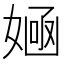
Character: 𡞿